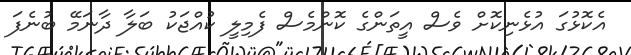
އެކޮޅުގަ އުޅެނިކޮށް ވެސް އީތަންގެ ކޮންމެސް ފެމިލީ ކުއްޖަކު ބަލާ ދާނަމޭ ބުނެފަ